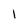
Character: 1